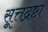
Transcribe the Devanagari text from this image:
सूत्तद्रष्टा